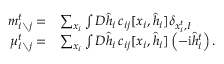
\begin{array} { r l } { m _ { i \setminus j } ^ { t } = } & { \sum _ { \boldsymbol { x } _ { i } } \int D \hat { \boldsymbol { h } } _ { i } \, c _ { i j } [ \boldsymbol { x } _ { i } , \hat { \boldsymbol { h } } _ { i } ] \delta _ { x _ { i } ^ { t } , I } } \\ { \mu _ { i \setminus j } ^ { t } = } & { \sum _ { \boldsymbol { x } _ { i } } \int D \hat { \boldsymbol { h } } _ { i } \, c _ { i j } [ \boldsymbol { x } _ { i } , \hat { \boldsymbol { h } } _ { i } ] \left( - \mathrm { i } \hat { h } _ { i } ^ { t } \right) . } \end{array}